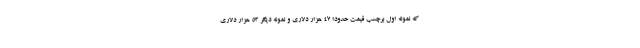
که نمونه اول برچسب قیمت حدودا 47 هزار دلاری و نمونه دیگر 53 هزار دلاری